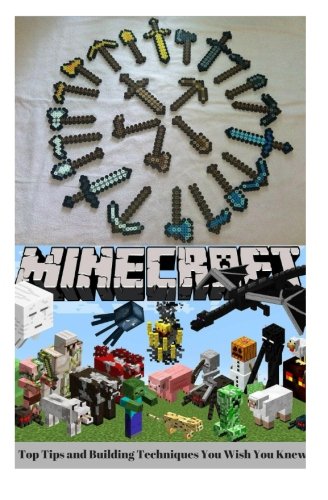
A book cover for Minecraft: Minecraft Top Tips and Building Techniques You Wish You Knew; Mr Scott K.; Teen & Young Adult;